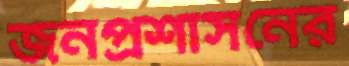
জনপ্রশাসনের